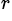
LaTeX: ^r